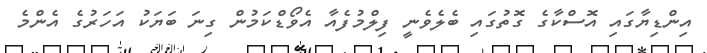
އިންޑިޔާގައި އޮސްކާގެ ގޮތުގައި ބެލެވެނީ ފިލްމުފެއާ އެވޯޑްކަމުން ގިނަ ބަޔަކު އަހަރުގެ އެންމެ